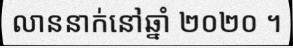
លាននាក់នៅឆ្នាំ ២០២០ ។